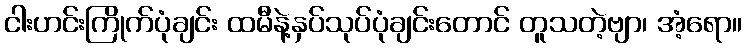
ငါးဟင်းကြိုက်ပုံချင်း ထမီနဲ့နှပ်သုပ်ပုံချင်းတောင် တူသတဲ့ဗျာ၊ အံ့ရော။